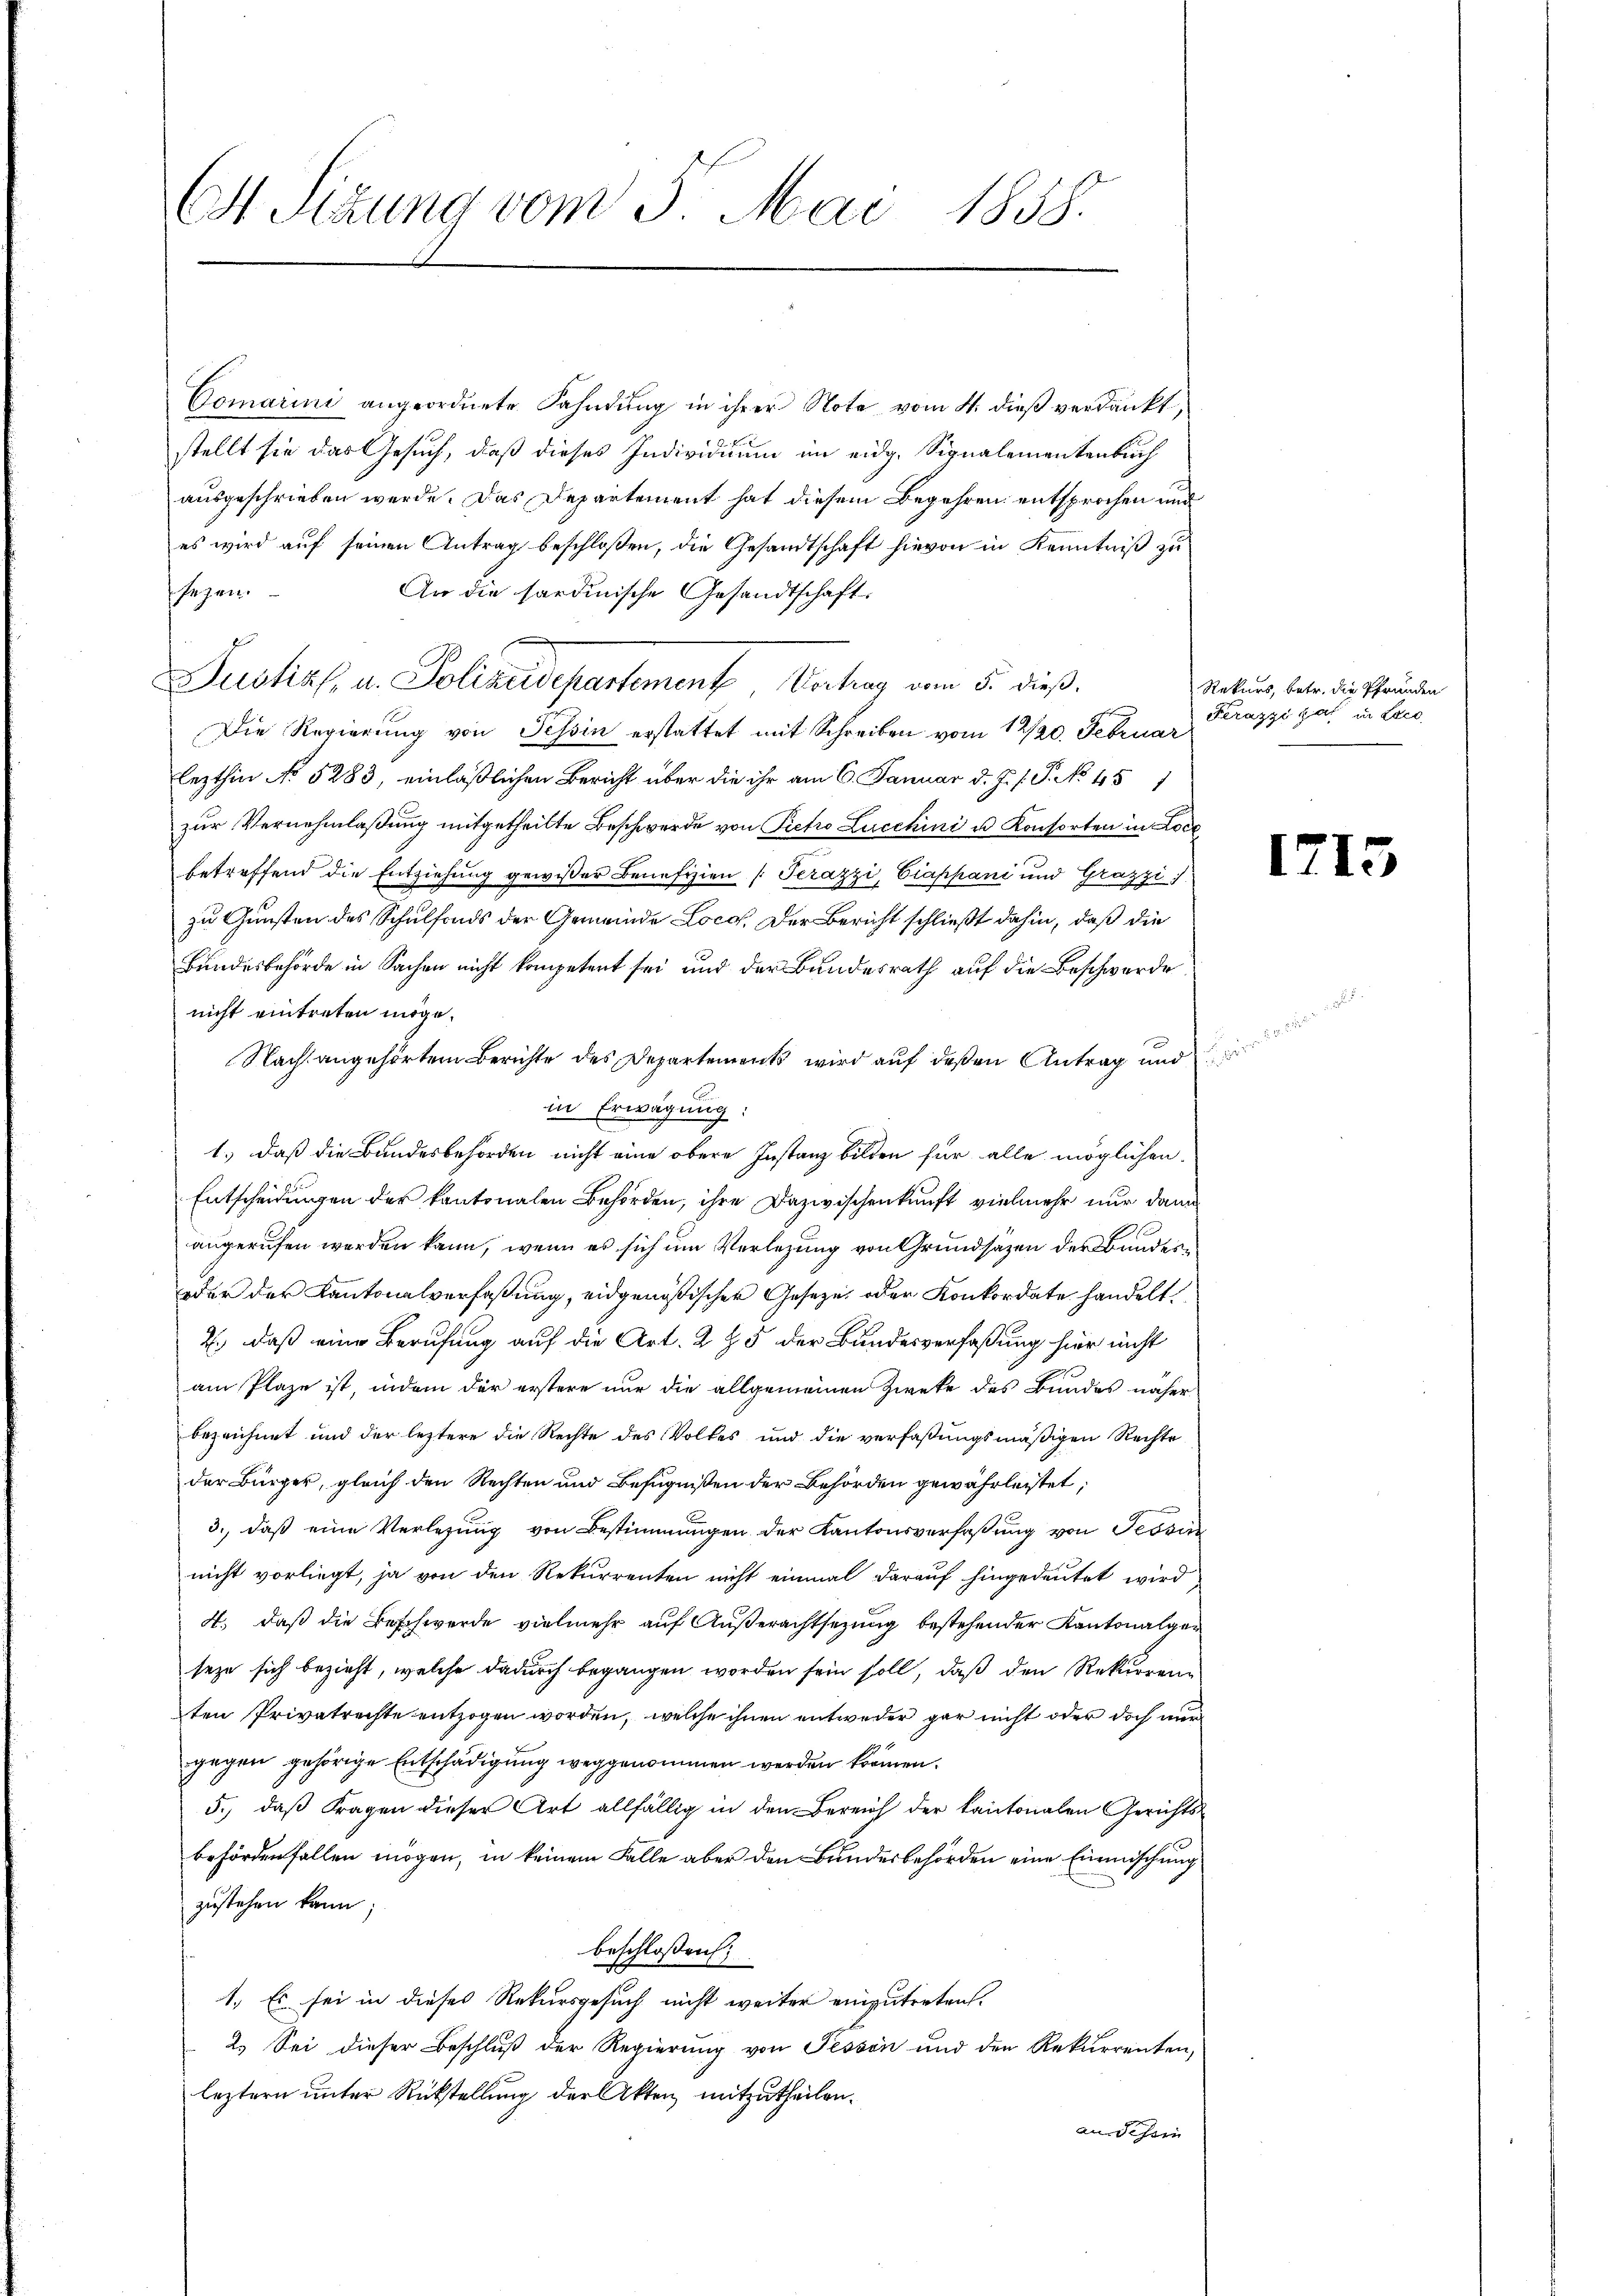
Comarini angeordnete Fahndung in ihrer Note vom 4. dieß verdankt,
stellt sie das Gesuch, daß dieses Individuum im eidg. Signalementenbuch
ausgeschrieben werde. Das Departement hat diesem Begehren entsprochen und
es wird auf seinen Antrag beschlossen, die Gesandtschaft hievon in Kenntniß zu
psegen.
An die sardinische Gesandtschaft.
Justiz, u. Polizeidepartement Vertrag vom 5. dieß.
Die Regierung von Tessin erstattet mit Schreiben vom 12/20. Februar
lezthin No 5283, einläßlichen Bericht über die ihr am 6. Januar d. J. J. P. No 45)
zur Vernehmlassung mitgetheilte Beschwerde von Pieto Lucchini u. Konsorten in Loc
betreffend die Entziehung gewißer Benefizien (Perazzi, Ciappani und Grazzi)
zu Gunsten des Schulfonds der Gemeinde Locof. Der Bericht schließt dahin, daß die
Bundesbehörde in Sachen nicht kompetent sei und der Bundesrath auf die Beschwerde
nicht eintreten möge.
Nacht angehörten Berichte des Departements wird auf deßen Antrag und
in Erwägung:
1.) daß die Bundesbehörden nicht eine obere Instanz bilden für alle möglichen.
Entscheidungen der kantonalen Behörden, ihre Dazwischenkunft vielmehr nur dann
angerufen werden kann, wenn es sich um Verlegung von Grundsätzen der Bundes¬
oder der Kantonalverfaßung, eidgenößischer Gesetze oder Konkordate handelt.
2., daß eine Berufung auf die Art. 2 § 5 der Bundesverfaßung hier nicht
am Plaze ist, indem der erstere nur die allgemeinen Zweke des Bundes näher
bezeichnet und der letztere die Rechte des Volkes und die verfaßungsmäßigen Rechte
der Bürger, gleich den Rechten und Befugnißen der Behörden gewährleistet,
3., daβ eine Verlegŭng von Bestimmungen der Kantonsverfaßung von Tessir
nicht vorliegt, ja von den Rekurrenten nicht einmal darauf hingedeutet wird
4. daß die Beschwerde vielmehr auf Außerachtsezung bestehender Kantonalgen
seze sich bezieht, welche dadurch begangen worden sein soll, daß den Rekurren-
ten Privatrechte entzogen worden, welche ihnen entweder gar nicht oder doch nur
gegen gehörige Entschädigung weggenommen werden können.
5.) daß Fragen dieser Art allfällig in den Bereich der kantonalen Gerichtsbehördenfallen mögen, in keinem Falle aber den Bundesbehörden eine Einmischung
zustehen kann;
beschlossen;
1.) Es sei in dieses Rekursgesuch nicht weiter einzutreten.
2.) Sei dieser Beschluß der Regierung von Tessin und den Rekurrenten,
leztern unter Rückstellung der Akten, mitzutheilen.
an der

E Sitzung vom 5. Mai 1858.

Rekurs, betr. die Pfründen
Ferazzi hat in Loc

2

171

.